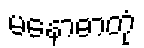
မနောဓာတုံ